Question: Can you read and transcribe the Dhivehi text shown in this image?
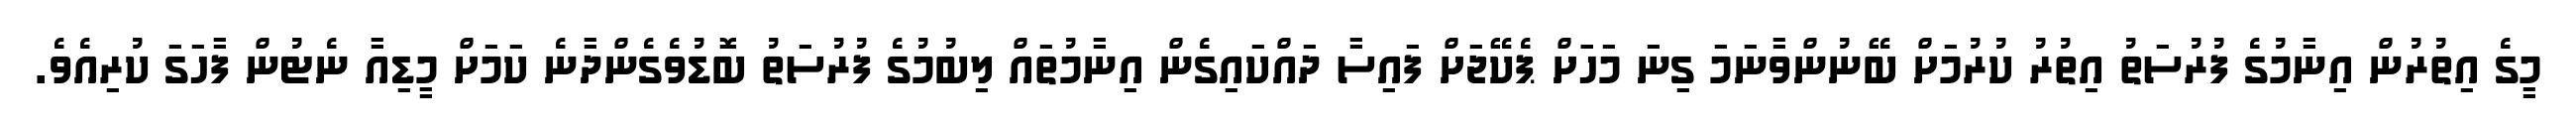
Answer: މީގެ އިތުރުން އިނާމުގެ ފުރުސަތު އިތުރު ކުރުމަށް ބޭނުންވާނަމަ ގިނަ މަހަަށް ޕެކޭޖަށް ފައިސާ ދައްކައިގެން އިނާމުތައް ލިބުމުގެ ފުރުސަތު ބޮޑުވެގެންދާނެ ކަމަށް މީޑިއާ ނެޓުން ފާހަގަ ކުރިއެވެ.